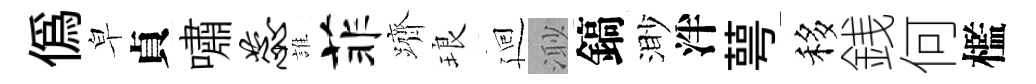
偽皁貞嘯蕊誰菲躋琅廻𣺌鎬渺泮萼移銭何檻